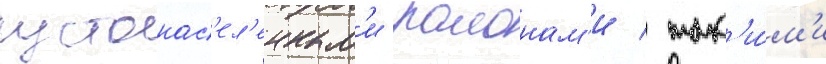
густонас'ел'енным'и раионам'и / так'и́м'и